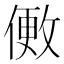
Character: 𬿒